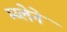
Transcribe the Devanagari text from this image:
म्य्लेने